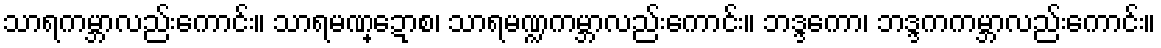
သာရကမ္ဘာလည်းကောင်း။ သာရမဏ္ဍောစ၊ သာရမဏ္ဍကမ္ဘာလည်းကောင်း။ ဘဒ္ဒကော၊ ဘဒ္ဒကကမ္ဘာလည်းကောင်း။